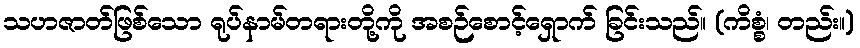
သဟဇာတ်ဖြစ်သော ရုပ်နာမ်တရားတို့ကို အစဉ်စောင့်ရှောက် ခြင်းသည်။ (ကိစ္စံ၊ တည်း။)